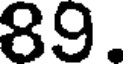
89.